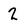
Character: 2